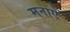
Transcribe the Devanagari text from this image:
मनाऐ